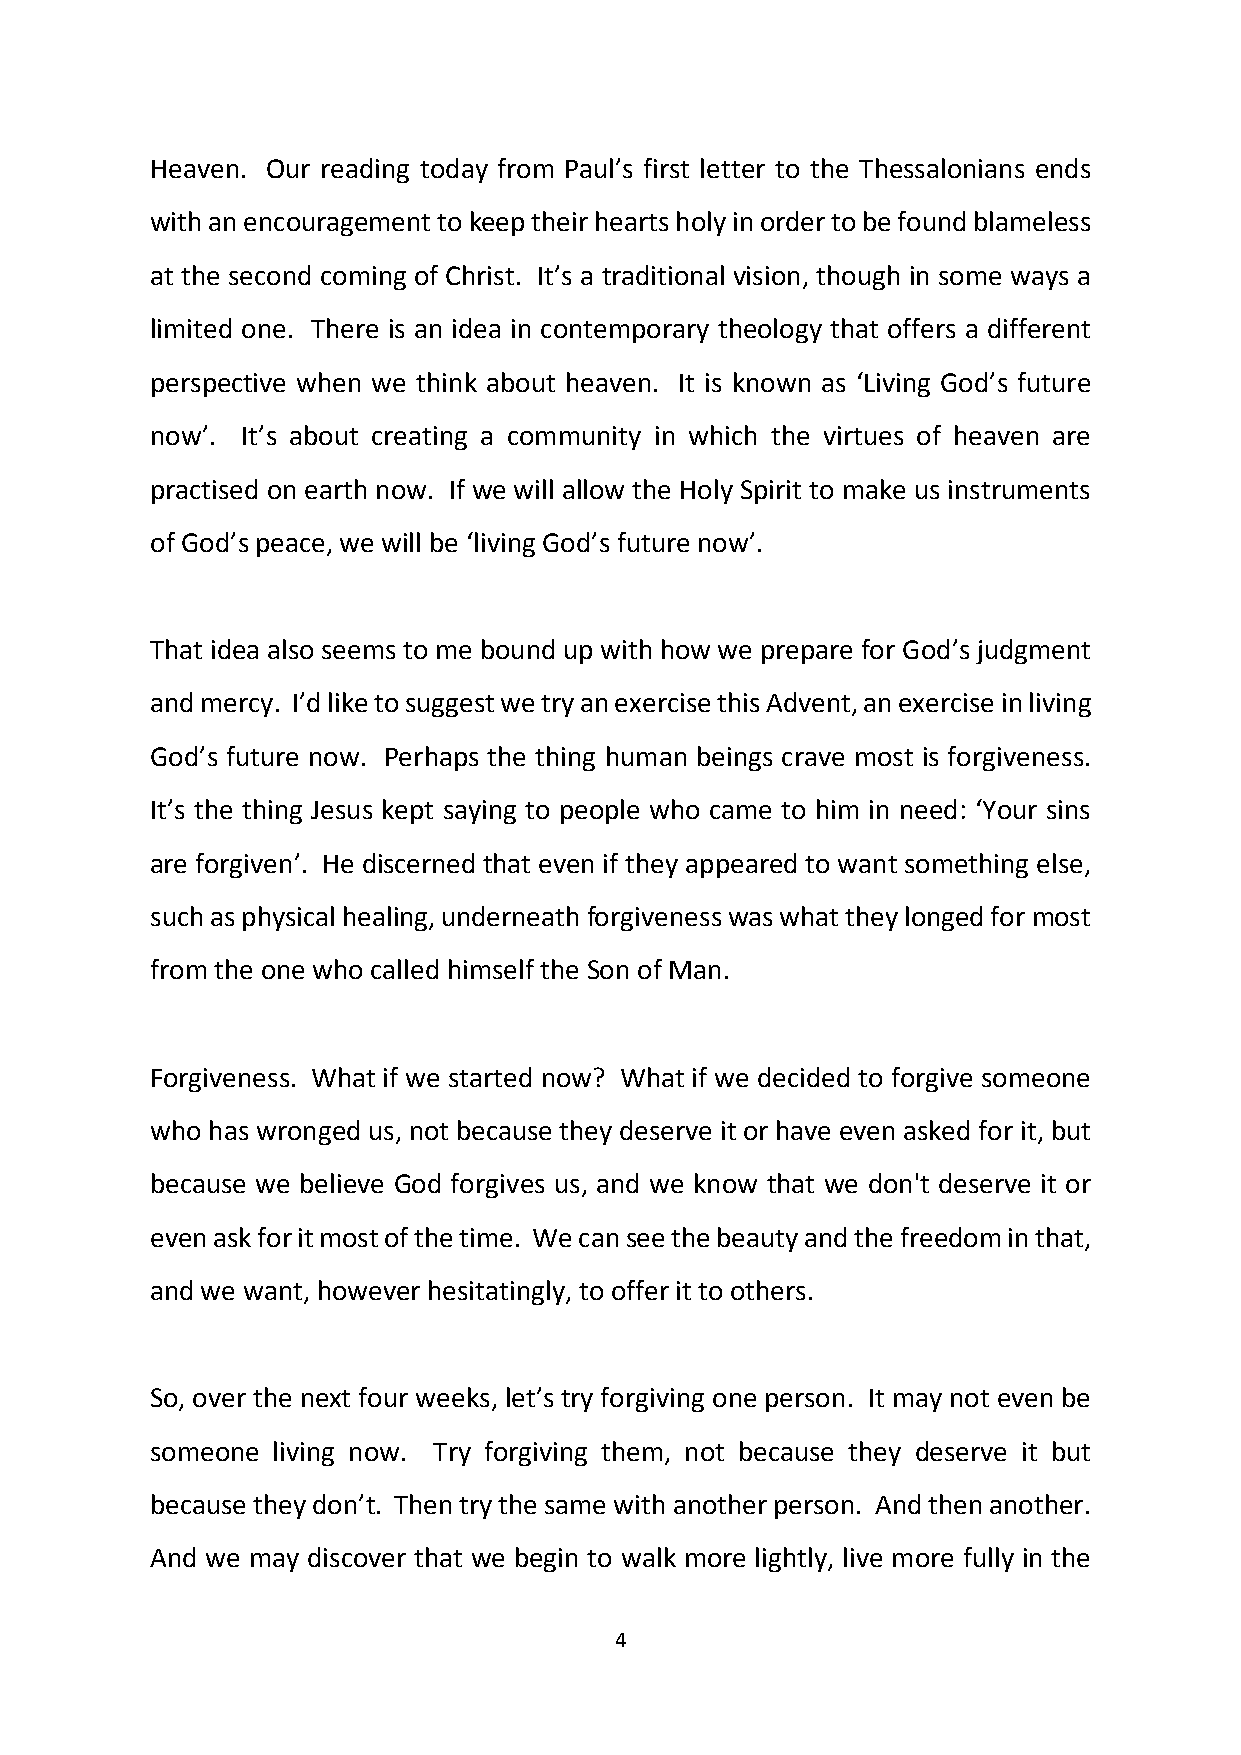
Heaven. Our reading today from Paul’s first letter to the Thessalonians ends
 with an encouragement to keep their hearts holy in order to be found blameless
 at the second coming of Christ. It’s a traditional vision, though in some ways a
 limited one. There is an idea in contemporary theology that offers a different
 perspective when we think about heaven. It is known as ‘Living God’s future
 now’. It’s about creating a community in which the virtues of heaven are
 practised on earth now. If we will allow the Holy Spirit to make us instruments
 of God’s peace, we will be ‘living God’s future now’.
 That idea also seems to me bound up with how we prepare for God’s judgment
 and mercy. I’d like to suggest we try an exercise this Advent, an exercise in living
 God’s future now. Perhaps the thing human beings crave most is forgiveness.
 It’s the thing Jesus kept saying to people who came to him in need: ‘Your sins
 are forgiven’. He discerned that even if they appeared to want something else,
 such as physical healing, underneath forgiveness was what they longed for most
 from the one who called himself the Son of Man.
 Forgiveness. What if we started now? What if we decided to forgive someone
 who has wronged us, not because they deserve it or have even asked for it, but
 because we believe God forgives us, and we know that we don't deserve it or
 even ask for it most of the time. We can see the beauty and the freedom in that,
 and we want, however hesitatingly, to offer it to others.
 So, over the next four weeks, let’s try forgiving one person. It may not even be
 someone living now. Try forgiving them, not because they deserve it but
 because they don’t. Then try the same with another person. And then another.
 And we may discover that we begin to walk more lightly, live more fully in the
 4